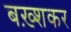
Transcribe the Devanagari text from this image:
बख़्शकर